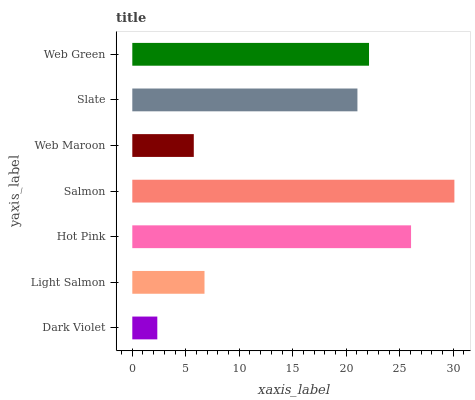
| yaxis_label | bars |
 | --- | --- |
 | Dark Violet | 2.34 |
 | Light Salmon | 6.75 |
 | Hot Pink | 26.1 |
 | Salmon | 30.1 |
 | Web Maroon | 5.75 |
 | Slate | 21 |
 | Web Green | 22.1 |